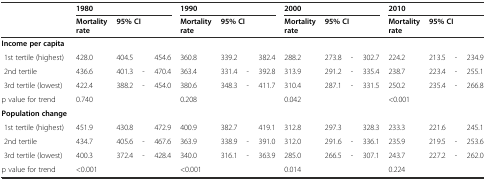
|  | <COLSPAN=4> 1980 | <COLSPAN=4> 1990 | <COLSPAN=4> 2000 | <COLSPAN=4> 2010 |
 |  | Mortality rate | <COLSPAN=3> 95% CI | Mortality rate | <COLSPAN=3> 95% CI | Mortality rate | <COLSPAN=3> 95% CI | Mortality rate | <COLSPAN=3> 95% CI |
 | --- | --- | --- | --- | --- | --- | --- | --- | --- | --- | --- | --- | --- | --- | --- | --- | --- |
 | Income per capita |  |  |  |  |  |  |  |  |  |  |  |  |  |  |  |  |
 | 1st tertile (highest) | 428.0 | 404.5 |  | 454.6 | 360.8 | 339.2 |  | 382.4 | 288.2 | 273.8 | - | 302.7 | 224.2 | 213.5 | - | 234.9 |
 | 2nd tertile | 436.6 | 401.3 | - | 470.4 | 363.4 | 331.4 | - | 392.8 | 313.9 | 291.2 | - | 335.4 | 238.7 | 223.4 | - | 255.1 |
 | 3rd tertile (lowest) | 422.4 | 388.2 | - | 454.0 | 380.6 | 348.3 | - | 411.7 | 310.4 | 287.1 | - | 331.5 | 250.2 | 235.4 | - | 266.8 |
 | p value for trend | 0.740 |  |  |  | 0.208 |  |  |  | 0.042 |  |  |  | <0.001 |  |  |  |
 | Population change |  |  |  |  |  |  |  |  |  |  |  |  |  |  |  |  |
 | 1st tertile (highest) | 451.9 | 430.8 |  | 472.9 | 400.9 | 382.7 |  | 419.1 | 312.8 | 297.3 |  | 328.3 | 233.3 | 221.6 |  | 245.1 |
 | 2nd tertile | 434.7 | 405.6 | - | 467.6 | 363.9 | 338.9 | - | 391.0 | 312.0 | 291.6 | - | 336.1 | 235.9 | 219.5 | - | 253.6 |
 | 3rd tertile (lowest) | 400.3 | 372.4 | - | 428.4 | 340.0 | 316.1 | - | 363.9 | 285.0 | 266.5 | - | 307.1 | 243.7 | 227.2 | - | 262.0 |
 | p value for trend | <0.001 |  |  |  | <0.001 |  |  |  | 0.014 |  |  |  | 0.224 |  |  |  |